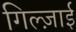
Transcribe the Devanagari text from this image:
गिल्ज़ाई